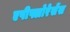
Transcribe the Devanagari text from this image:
एपीफ्लोरेसेंस